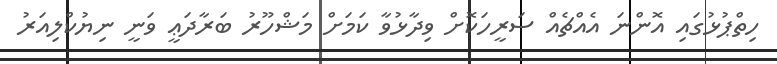
ހިތްޕުޅުގައި އޮންނަ އެއްޗެއް ސަރީހަކޮށް ވިދާޅުވާ ކަމަށް މަޝްހޫރު ބަރާދަޢީ ވަނީ ނިޔުކްލިއަރު